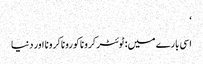
‘
اسی بارے میں: ٹوئٹرکروناکوروناکرونا اور دنیا